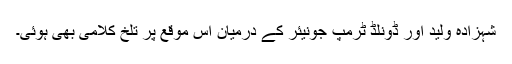
شہزادہ ولید اور ڈونلڈ ٹرمپ جونیئر کے درمیان اُس موقع پر تلخ کلامی بھی ہوئی۔